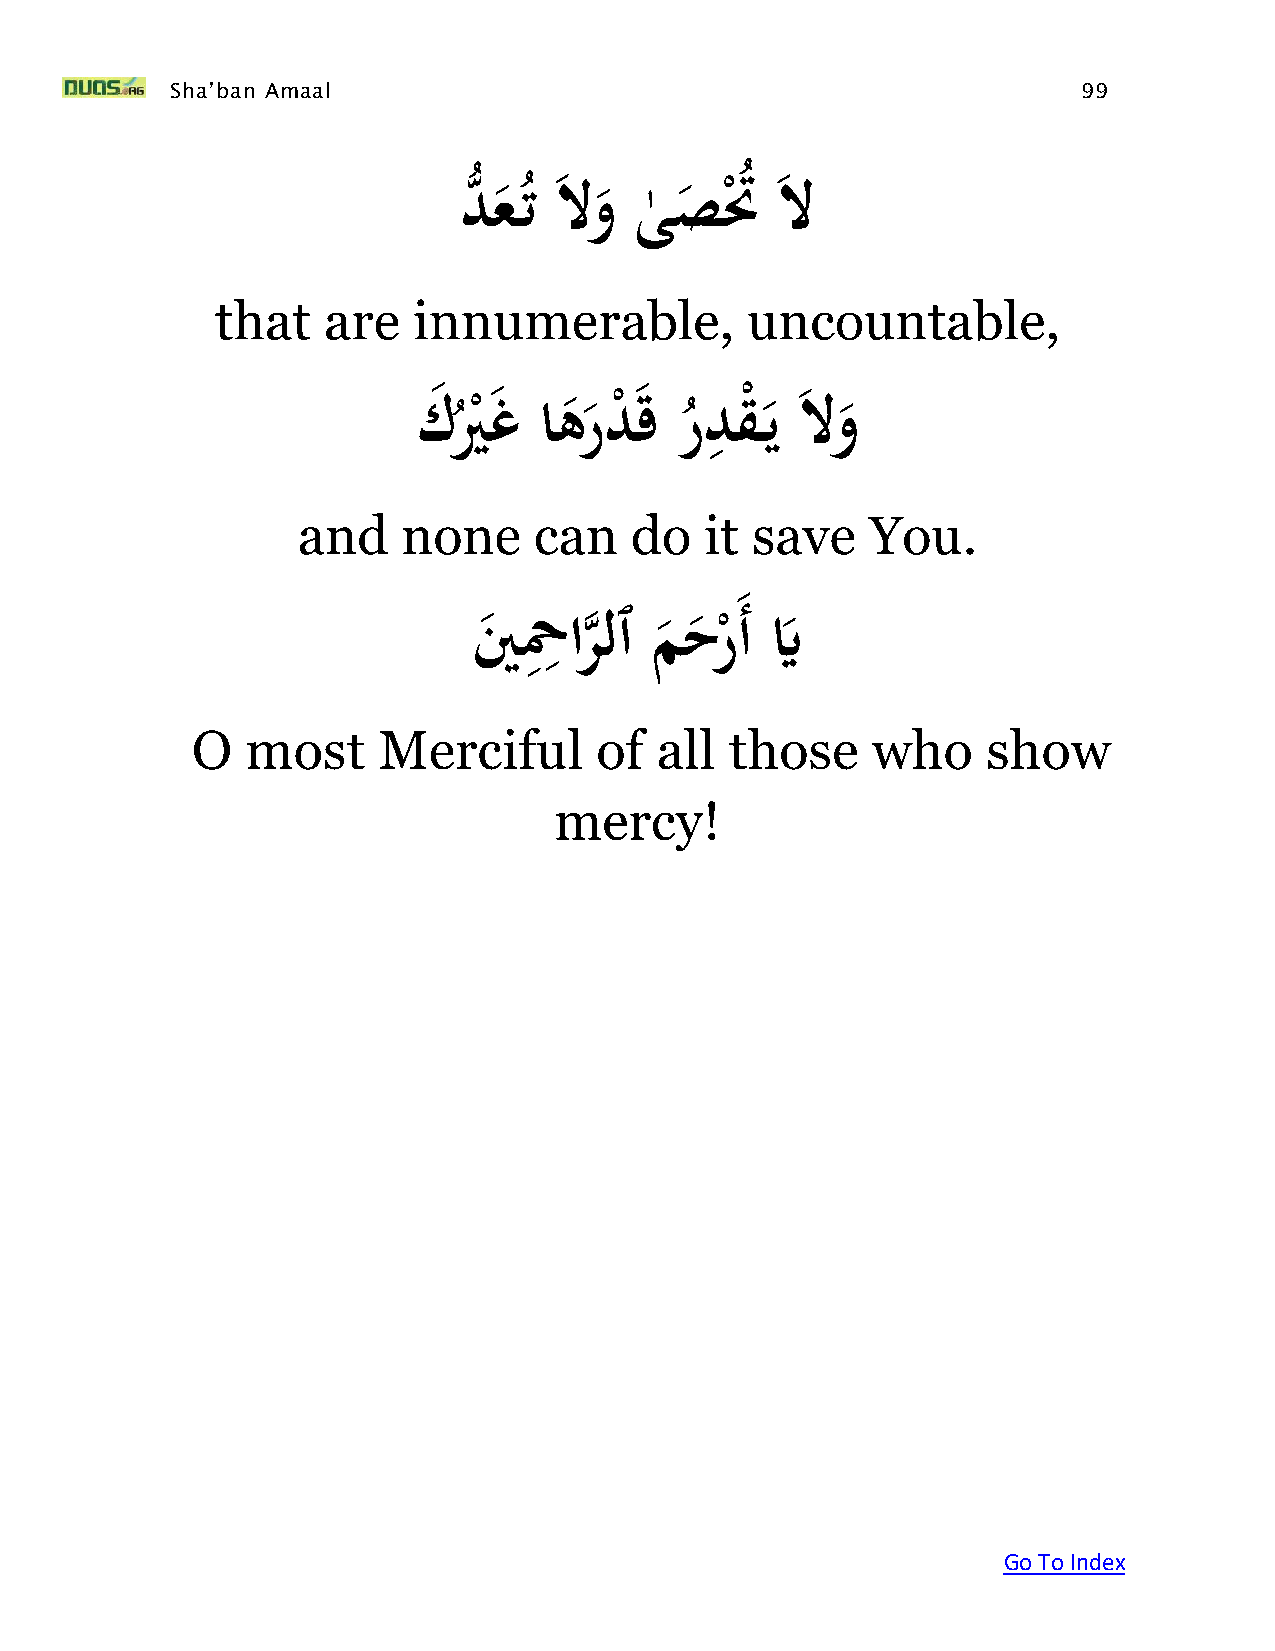
Sha’ban Amaal                                                99
 دَُّ ع تََلوَىصتَُ  ََل
 ُ        ٰ    ْ
 that   are   innumerable,          uncountable,
 ِ
 َ  كَ ُير
 ْ
 غَاه  ر د
 ْ
 قَر
 ُ
 دقْ يَ لو
 and    none    can    do   it save    You.
 ِِ
 ينَ حْارلٱَمحر    َأَيَّ
 ه
 ْ
 O  most     Merciful      of  all  those     who    show
 mercy!
 Go To Index